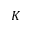
K